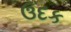
ઉદક